65_HS1-834228961_62-HQ-83894_Serial_164
Agency: FBI
Page 66
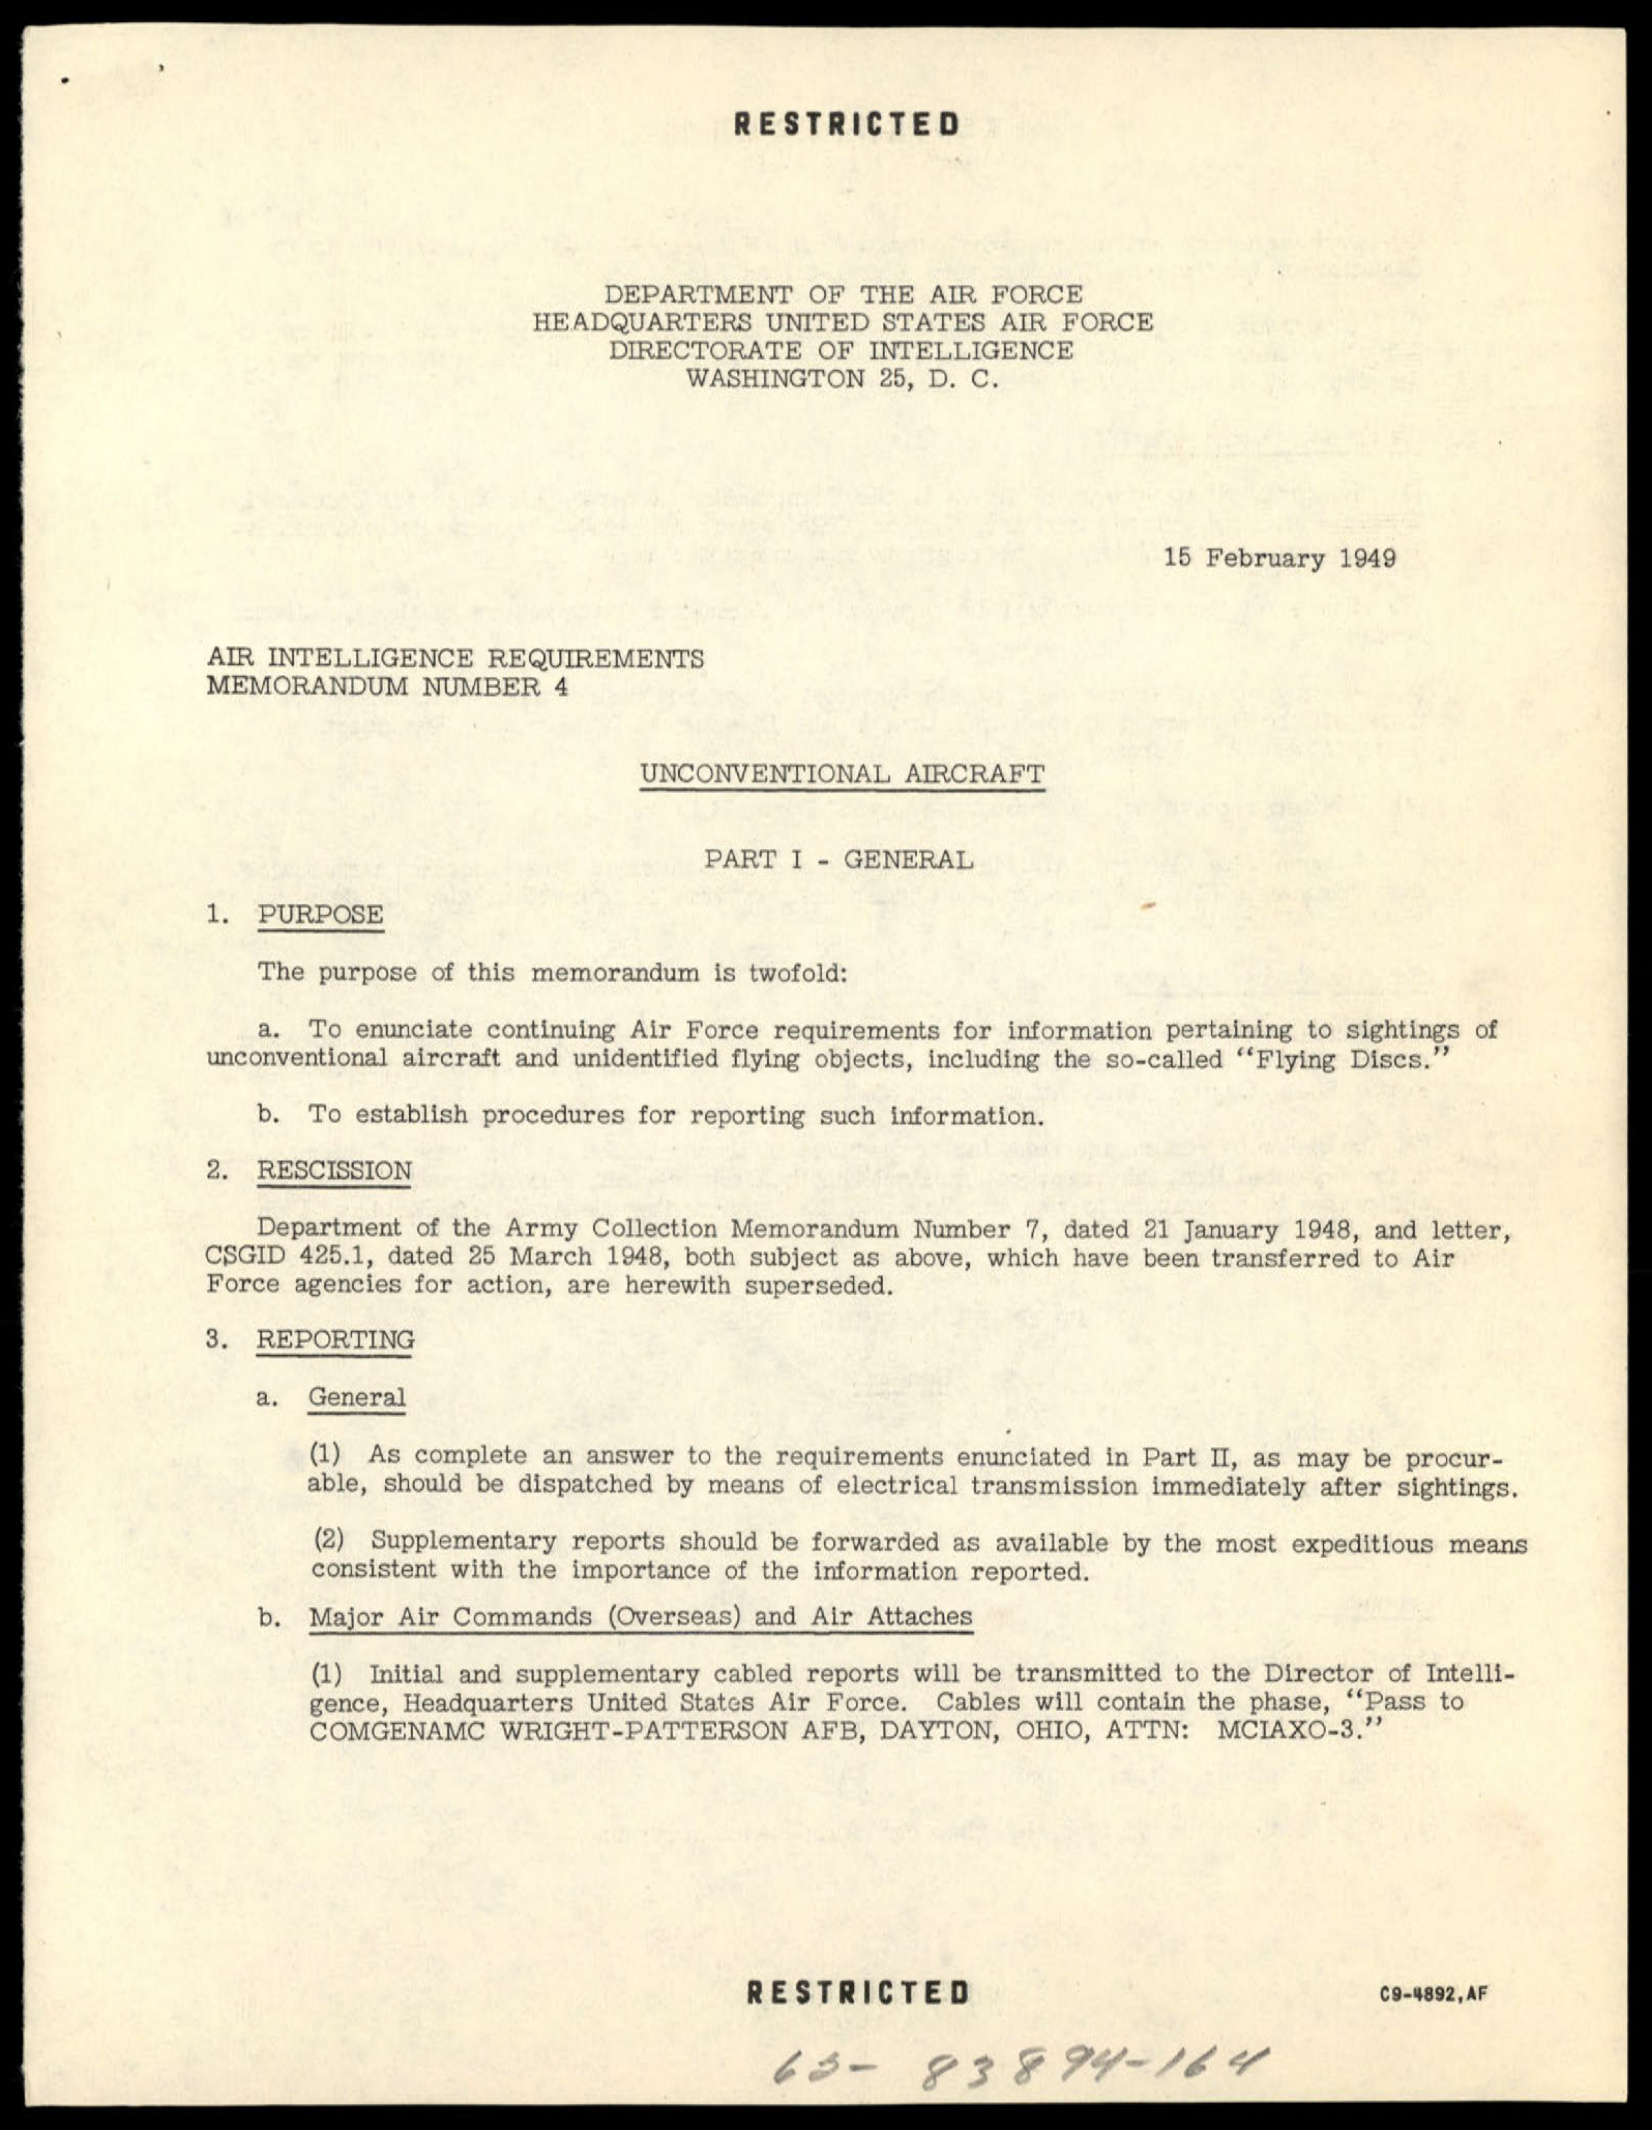